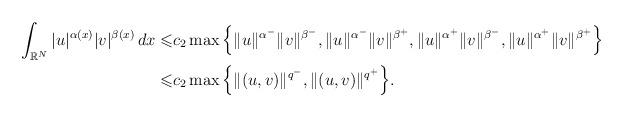
LaTeX: \begin{align*} \int_{\mathbb{R}^{N}}|u|^{\alpha(x)}|v|^{\beta(x)}\,dx \leqslant &c_{2}\max \Big\{\|u\|^{\alpha^{-}}\|v\|^{\beta^{-}}, \|u\|^{\alpha^{-}}\|v\|^{\beta^{+}}, \|u\|^{\alpha^{+}}\|v\|^{\beta^{-}},\|u\|^{\alpha^{+}}\|v\|^{\beta^{+}}\Big\}\\ \leqslant& c_{2}\max \Big\{\|(u,v)\|^{q^{-}}, \|(u,v)\|^{q^{+}}\Big\}. \end{align*}